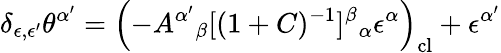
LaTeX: \delta_{\epsilon,\epsilon^{\prime}}\theta^{\alpha^{\prime}}=\left(-A^{\alpha^{\prime}}{}_{\beta}[(1+C)^{-1}]^{\beta}{}_{\alpha}\epsilon^{\alpha}\right)_{\mathrm{cl}}+\epsilon^{\alpha^{\prime}}